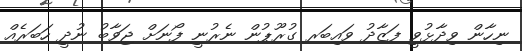
ނިހާން ވިދާޅުވީ ފަޒާދު ވައިބަރ ގުރޫޕުން ނެރުނީ ފޯނަށް ޖަވާބު ނުދީ ހަބަރެއް